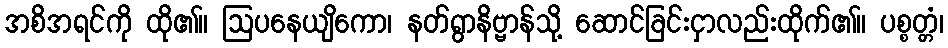
အစိအရင်ကို ထို၏။ ဩပနေယျိကော၊ နတ်ရွာနိဗ္ဗာန်သို့ ဆောင်ခြင်းငှာလည်းထိုက်၏။ ပစ္စတ္တံ၊